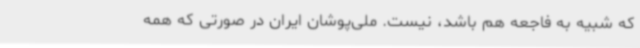
که شبیه به فاجعه هم باشد، نیست. ملی‌پوشان ایران در صورتی‌ که همه